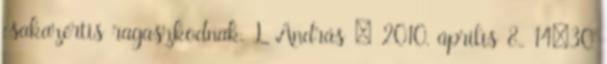
csakazértis ragaszkodnak. L András → 2010. április 8., 14:30